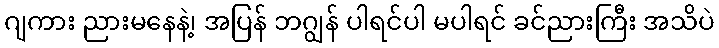
ဂျကား ညားမနေနဲ့၊ အပြန် ဘဂျွန် ပါရင်ပါ မပါရင် ခင်ညားကြီး အသိပဲ